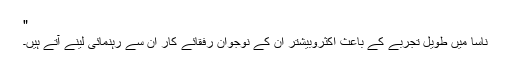
"
ناسا میں طویل تجربے کے باعث اکثروبیشتر اُن کے نوجوان رفقائے کار اُن سے رہنمائی لینے آتے ہیں۔